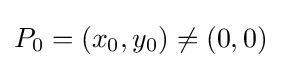
P_{0}=(x_{0},y_{0})\neq (0,0)